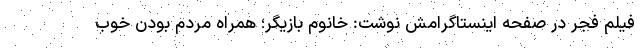
فیلم فجر در صفحه اینستاگرامش نوشت: خانوم بازیگر؛ همراه مردم بودن خوب